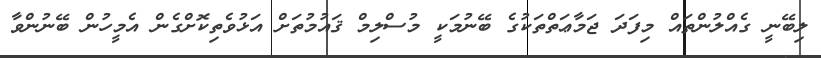
ލިބޭނީ ގެއްލުންތައް މިފަދަ ޖަމާޢަތްތަކުގެ ބޭނުމަކީ މުސްލިމް ޤައުމުތަށް އަޅުވެތިކޮށްގެން އެމީހުން ބޭނުންވާ